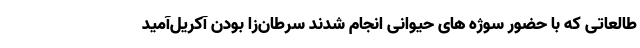
طالعاتی که با حضور سوژه های حیوانی انجام شدند سرطان‌زا بودن آکریل‌آمید